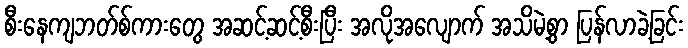
စီးနေကျဘတ်စ်ကားတွေ အဆင့်ဆင့်စီးပြီး အလိုအလျောက် အသိမဲ့စွာ ပြန်လာခဲ့ခြင်း